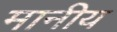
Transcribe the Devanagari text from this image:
मानीय